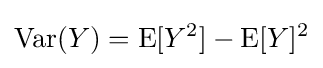
\operatorname {Var} (Y)=\operatorname {E} [Y^{2}]-\operatorname {E} [Y]^{2}